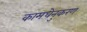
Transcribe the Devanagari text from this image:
कामधेनुकरण